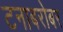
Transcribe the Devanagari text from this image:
टनाबरोबर